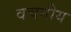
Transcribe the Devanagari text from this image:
वचनीय